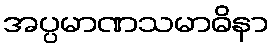
အပ္ပမာဏသမာဓိနာ